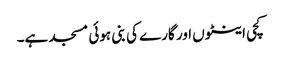
کچی اینٹوں اور گارے کی بنی ہوئی مسجد ہے۔